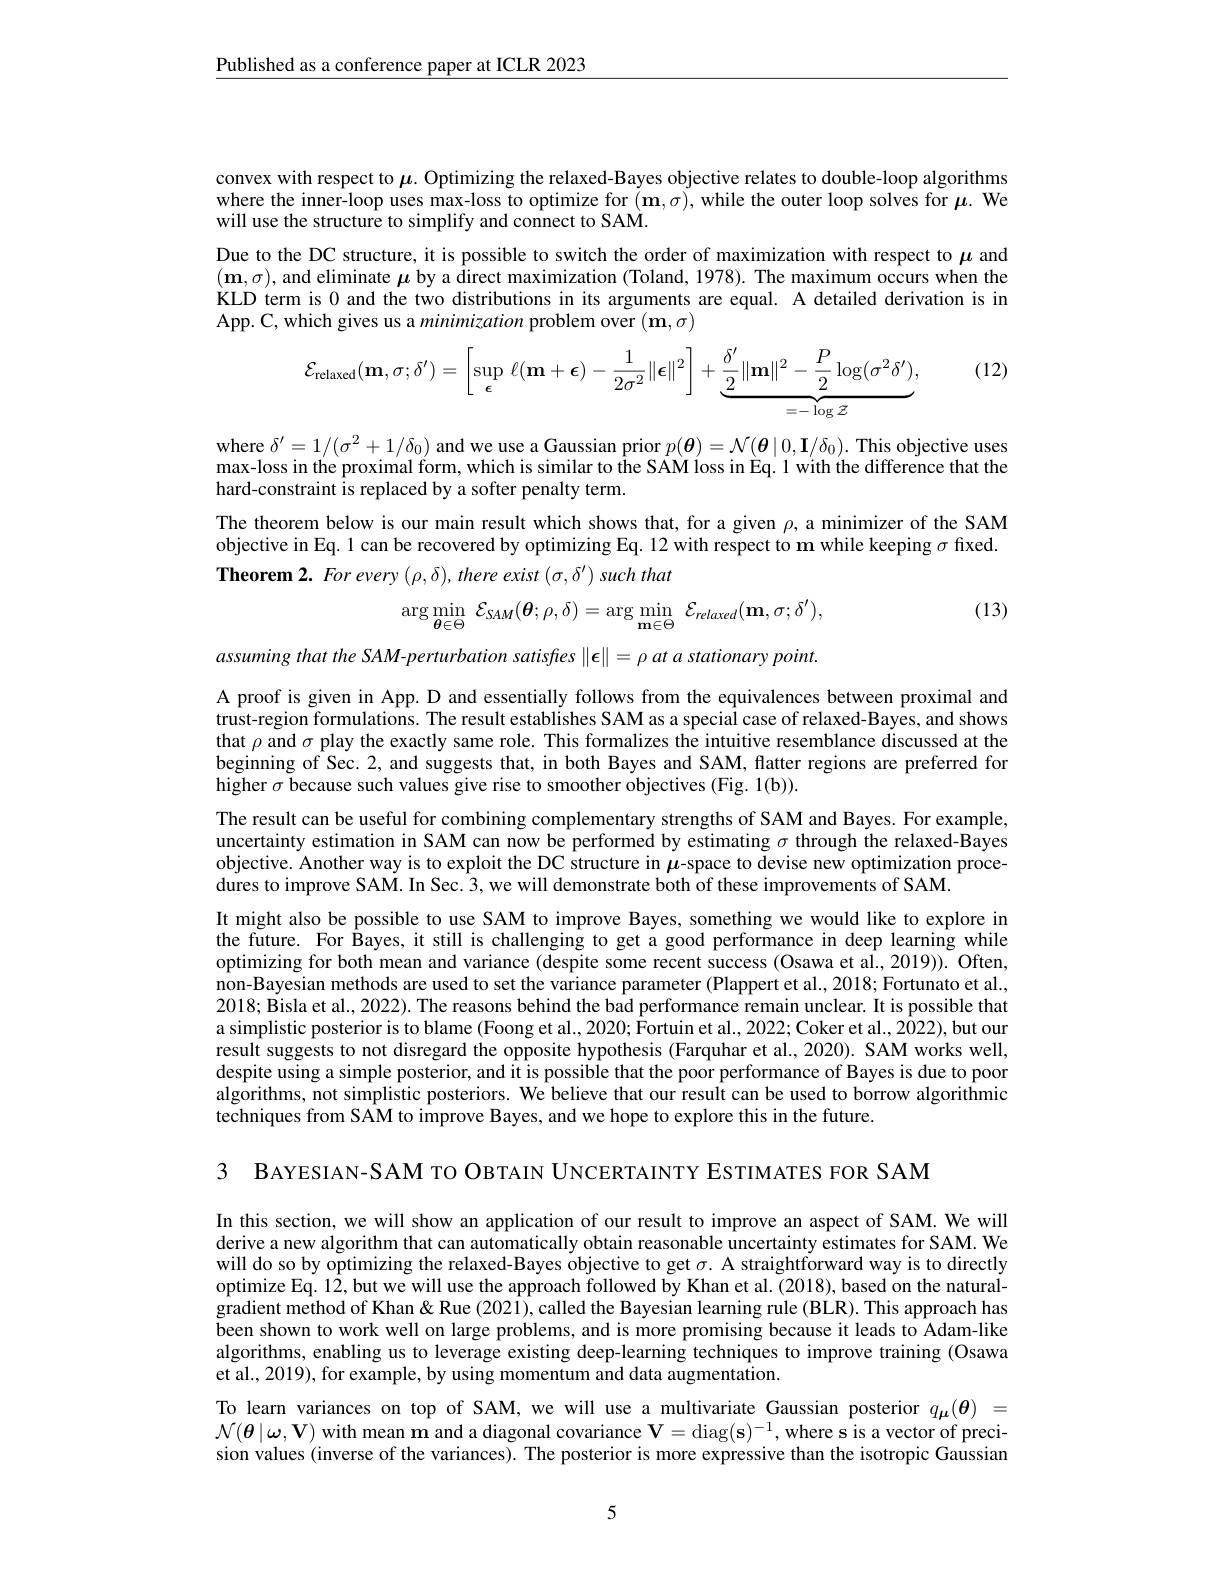
$\underline{\text{Published as a conference paper at ICLR 2023}}$

convex with respect to $\mu.$ Optimizing the relaxed-Bayes objective relates to double-loop algorithms where the inner-loop uses max-loss to optimize for $(\mathbf{m},\sigma)$, while the outer loop solves for $\boldsymbol\mu.$ We will use the structure to simplify and connect to SAM.

Due to the DC structure, it is possible to switch the order of maximization with respect to $\mu$ and $(\mathbf{m},\sigma)$, and eliminate $\mu$ by a direct maximization (Toland, 1978). The maximum occurs when the KLD term is 0 and the two distributions in its arguments are equal. A detailed derivation is in App. C, which gives us a minimization problem over $(\mathbf{m},\sigma)$
$$\mathcal{E}_{\mathrm{relaxed}}(\mathbf{m},\sigma;\delta')=\left[\sup\limits_{\boldsymbol{\epsilon}}\ell(\mathbf{m}+\boldsymbol{\epsilon})-\frac{1}{2\sigma^{2}}\|\boldsymbol{\epsilon}\|^{2}\right]+\underbrace{\frac{\delta'}{2}\|\mathbf{m}\|^{2}-\frac{P}{2}\log(\sigma^{2}\delta')}_{=-\log\mathcal{Z}},$$
(12)

where $\delta^\prime=1/(\sigma^2+1/\delta_0)$ and we use a Gaussian prior $p(\boldsymbol{\theta})=\mathcal{N}(\boldsymbol{\theta}\mid0,\mathbf{I}/\delta_0).$ This objective uses max-loss in the proximal form, which is similar to the SAM loss in Eq. 1 with the difference that the hard-constraint is replaced by a softer penalty term.
The theorem below is our main result which shows that, for a given $\rho$,a minimizer of the SAM objective in Eq. 1 can be recovered by optimizing Eq. 12 with respect to m while keeping $\sigma$ fixed. Theorem 2. For every $(\rho,\delta)$, there exist $(\sigma,\delta^{\prime})$ such that
$$\arg\min\limits_{\boldsymbol{\theta}\in\Theta}\:\mathcal{E}_{SAM}(\boldsymbol{\theta};\rho,\delta)=\arg\min\limits_{\mathbf{m}\in\Theta}\:\mathcal{E}_{relaxed}(\mathbf{m},\sigma;\delta^{\prime}),$$
(13)

assuming that the SAM-perturbation satisfies $\|\boldsymbol\epsilon\|=\rho$ at a stationary point.

A proof is given in App. D and essentially follows from the equivalences between proximal and trust-region formulations. The result establishes SAM as a special case of relaxed-Bayes, and shows that $\rho$ and $\sigma$ play the exactly same role. This formalizes the intuitive resemblance discussed at the beginning of Sec. 2, and suggests that, in both Bayes and SAM, flatter regions are preferred for higher $\sigma$ because such values give rise to smoother objectives (Fig. 1(b)).

The result can be useful for combining complementary strengths of SAM and Bayes. For example, uncertainty estimation in SAM can now be performed by estimating $\sigma$ through the relaxed-Bayes objective. Another way is to exploit the DC structure in $\mu$-space to devise new optimization procedures to improve SAM. In Sec. 3, we will demonstrate both of these improvements of SAM.
It might also be possible to use SAM to improve Bayes, something we would like to explore in the future. For Bayes, it still is challenging to get a good performance in deep learning while optimizing for both mean and variance (despite some recent success (Osawa et al., 2019)). Often, $\hat{\text{non-Bayesian methods are used to set the variance parameter (Plappert et al.,2018; Fortunato et al.,}}$ $2018;\dot{\text{Bisla et al., 2022). The reasons behind the bad performance remain unclear. It is possible that}}$ a simplistic posterior is to blame (Foong et al., 2020; Fortuin et al., 2022; Coker et al., 2022), but our result suggests to not disregard the opposite hypothesis (Farquhar et al., 2020). SAM works well, despite using a simple posterior, and it is possible that the poor performance of Bayes is due to poor algorithms, not simplistic posteriors. We believe that our result can be used to borrow algorithmic techniques from SAM to improve Bayes, and we hope to explore this in the future.

З ВАҮЕSIАN-SАМ то ОвтАIN UNСЕRТАINTY ЕSTIМАТЕS FOR SAM

In this section, we will show an application of our result to improve an aspect of SAM. We will derive a new algorithm that can automatically obtain reasonable uncertainty estimates for SAM. We will do so by optimizing the relaxed-Bayes objective to get $\sigma.$ A straightforward way is to directly optimize Eq. 12, but we will use the approach followed by Khan et al. (2018), based on the naturalgradient method of Khan & Rue (2021), called the Bayesian learning rule (BLR). This approach has been shown to work well on large problems, and is more promising because it leads to Adam-like algorithms, enabling us to leverage existing deep-learning techniques to improve training (Osawa et al., 2019), for example, by using momentum and data augmentation.
To learn variances on top of SAM, we will use a multivariate Gaussian posterior $q_{\boldsymbol{\mu }}( \boldsymbol{\theta })$ = $\mathcal{N}(\boldsymbol{\theta}\mid\boldsymbol{\omega},\mathbf{V})$ with mean m and a diagonal covariance $\mathbf{V}=\operatorname{diag}(\mathbf{s})^{-1}$, where s is a vector of precision values (inverse of the variances). The posterior is more expressive than the isotropic Gaussian

5